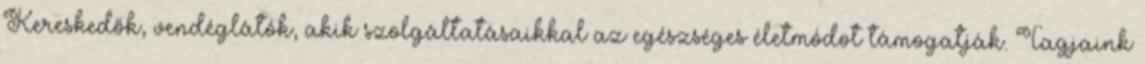
Kereskedők, vendéglátók, akik szolgáltatásaikkal az egészséges életmódot támogatják. Tagjaink